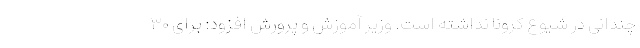
چندانی در شیوع کرونا نداشته است. وزیر آموزش و پرورش افزود: برای ۳۰